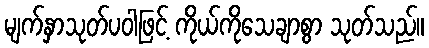
မျက်နှာသုတ်ပဝါဖြင့် ကိုယ်ကိုသေချာစွာ သုတ်သည်။